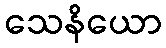
သေနိယော